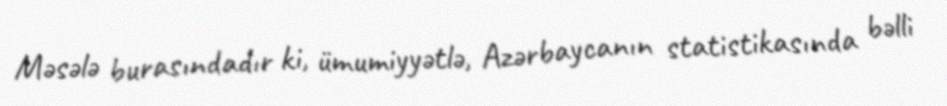
Məsələ burasındadır ki, ümumiyyətlə, Azərbaycanın statistikasında bəlli